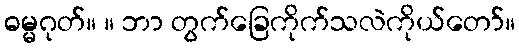
ဓမ္မဂုတ်။ ။ ဘာ တွက်ခြေကိုက်သလဲကိုယ်တော်။